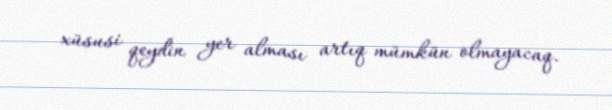
xüsusi qeydin yer alması artıq mümkün olmayacaq.